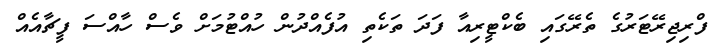
ފްރިޖިރޭޓަރުގެ ތެރޭގައި ބެކްޓީރިއާ ފަދަ ތަކެތި އުފެއްދުން ހުއްޓުމަށް ވެސް ހާއްސަ ފީޗާއެއް